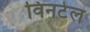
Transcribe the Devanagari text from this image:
विनटेल